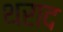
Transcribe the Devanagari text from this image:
थराद